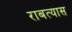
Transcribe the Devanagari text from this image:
राबत्यास